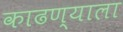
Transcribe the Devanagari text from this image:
काढण्याला